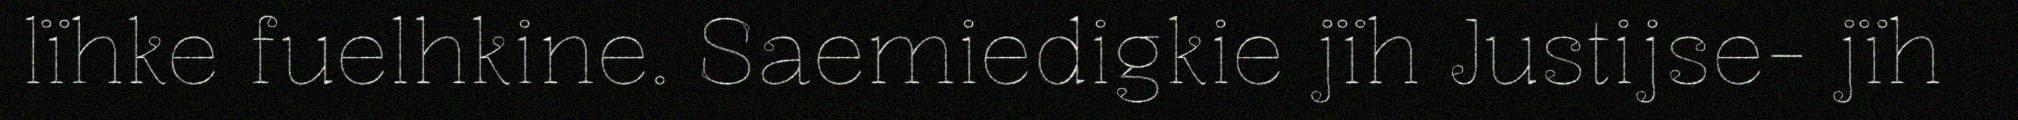
lïhke fuelhkine. Saemiedigkie jïh Justijse- jïh